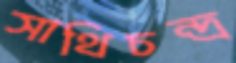
সাথিচন্দ্র